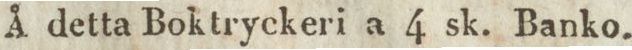
Å detta Boktryckeri a 4 sk. Banko.